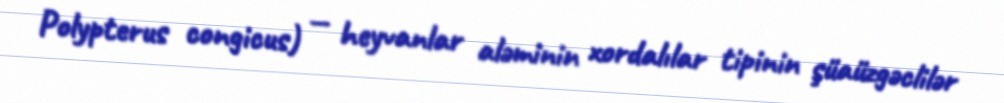
Polypterus congicus) — heyvanlar aləminin xordalılar tipinin şüaüzgəclilər